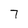
Character: 7